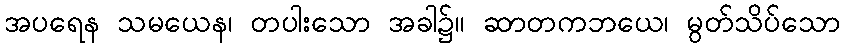
အပရေန သမယေန၊ တပါးသော အခါ၌။ ဆာတကဘယေ၊ မွတ်သိပ်သော